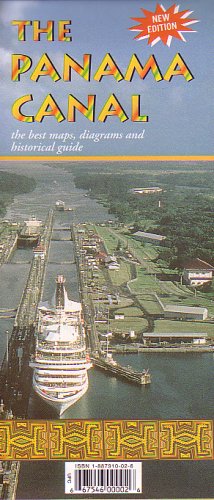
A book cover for Panama Canal Map by Cruise Map Publishing Company; Cruise Map Publishing Company; Travel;